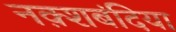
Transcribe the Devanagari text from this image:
नक़्शबंदिया